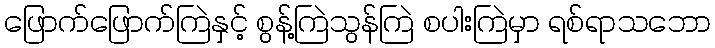
ဖြောက်ဖြောက်ကြဲနှင့် စွန့်ကြဲသွန်ကြဲ စပါးကြဲမှာ ရစ်ရာသဘော